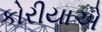
કોરીયાએ